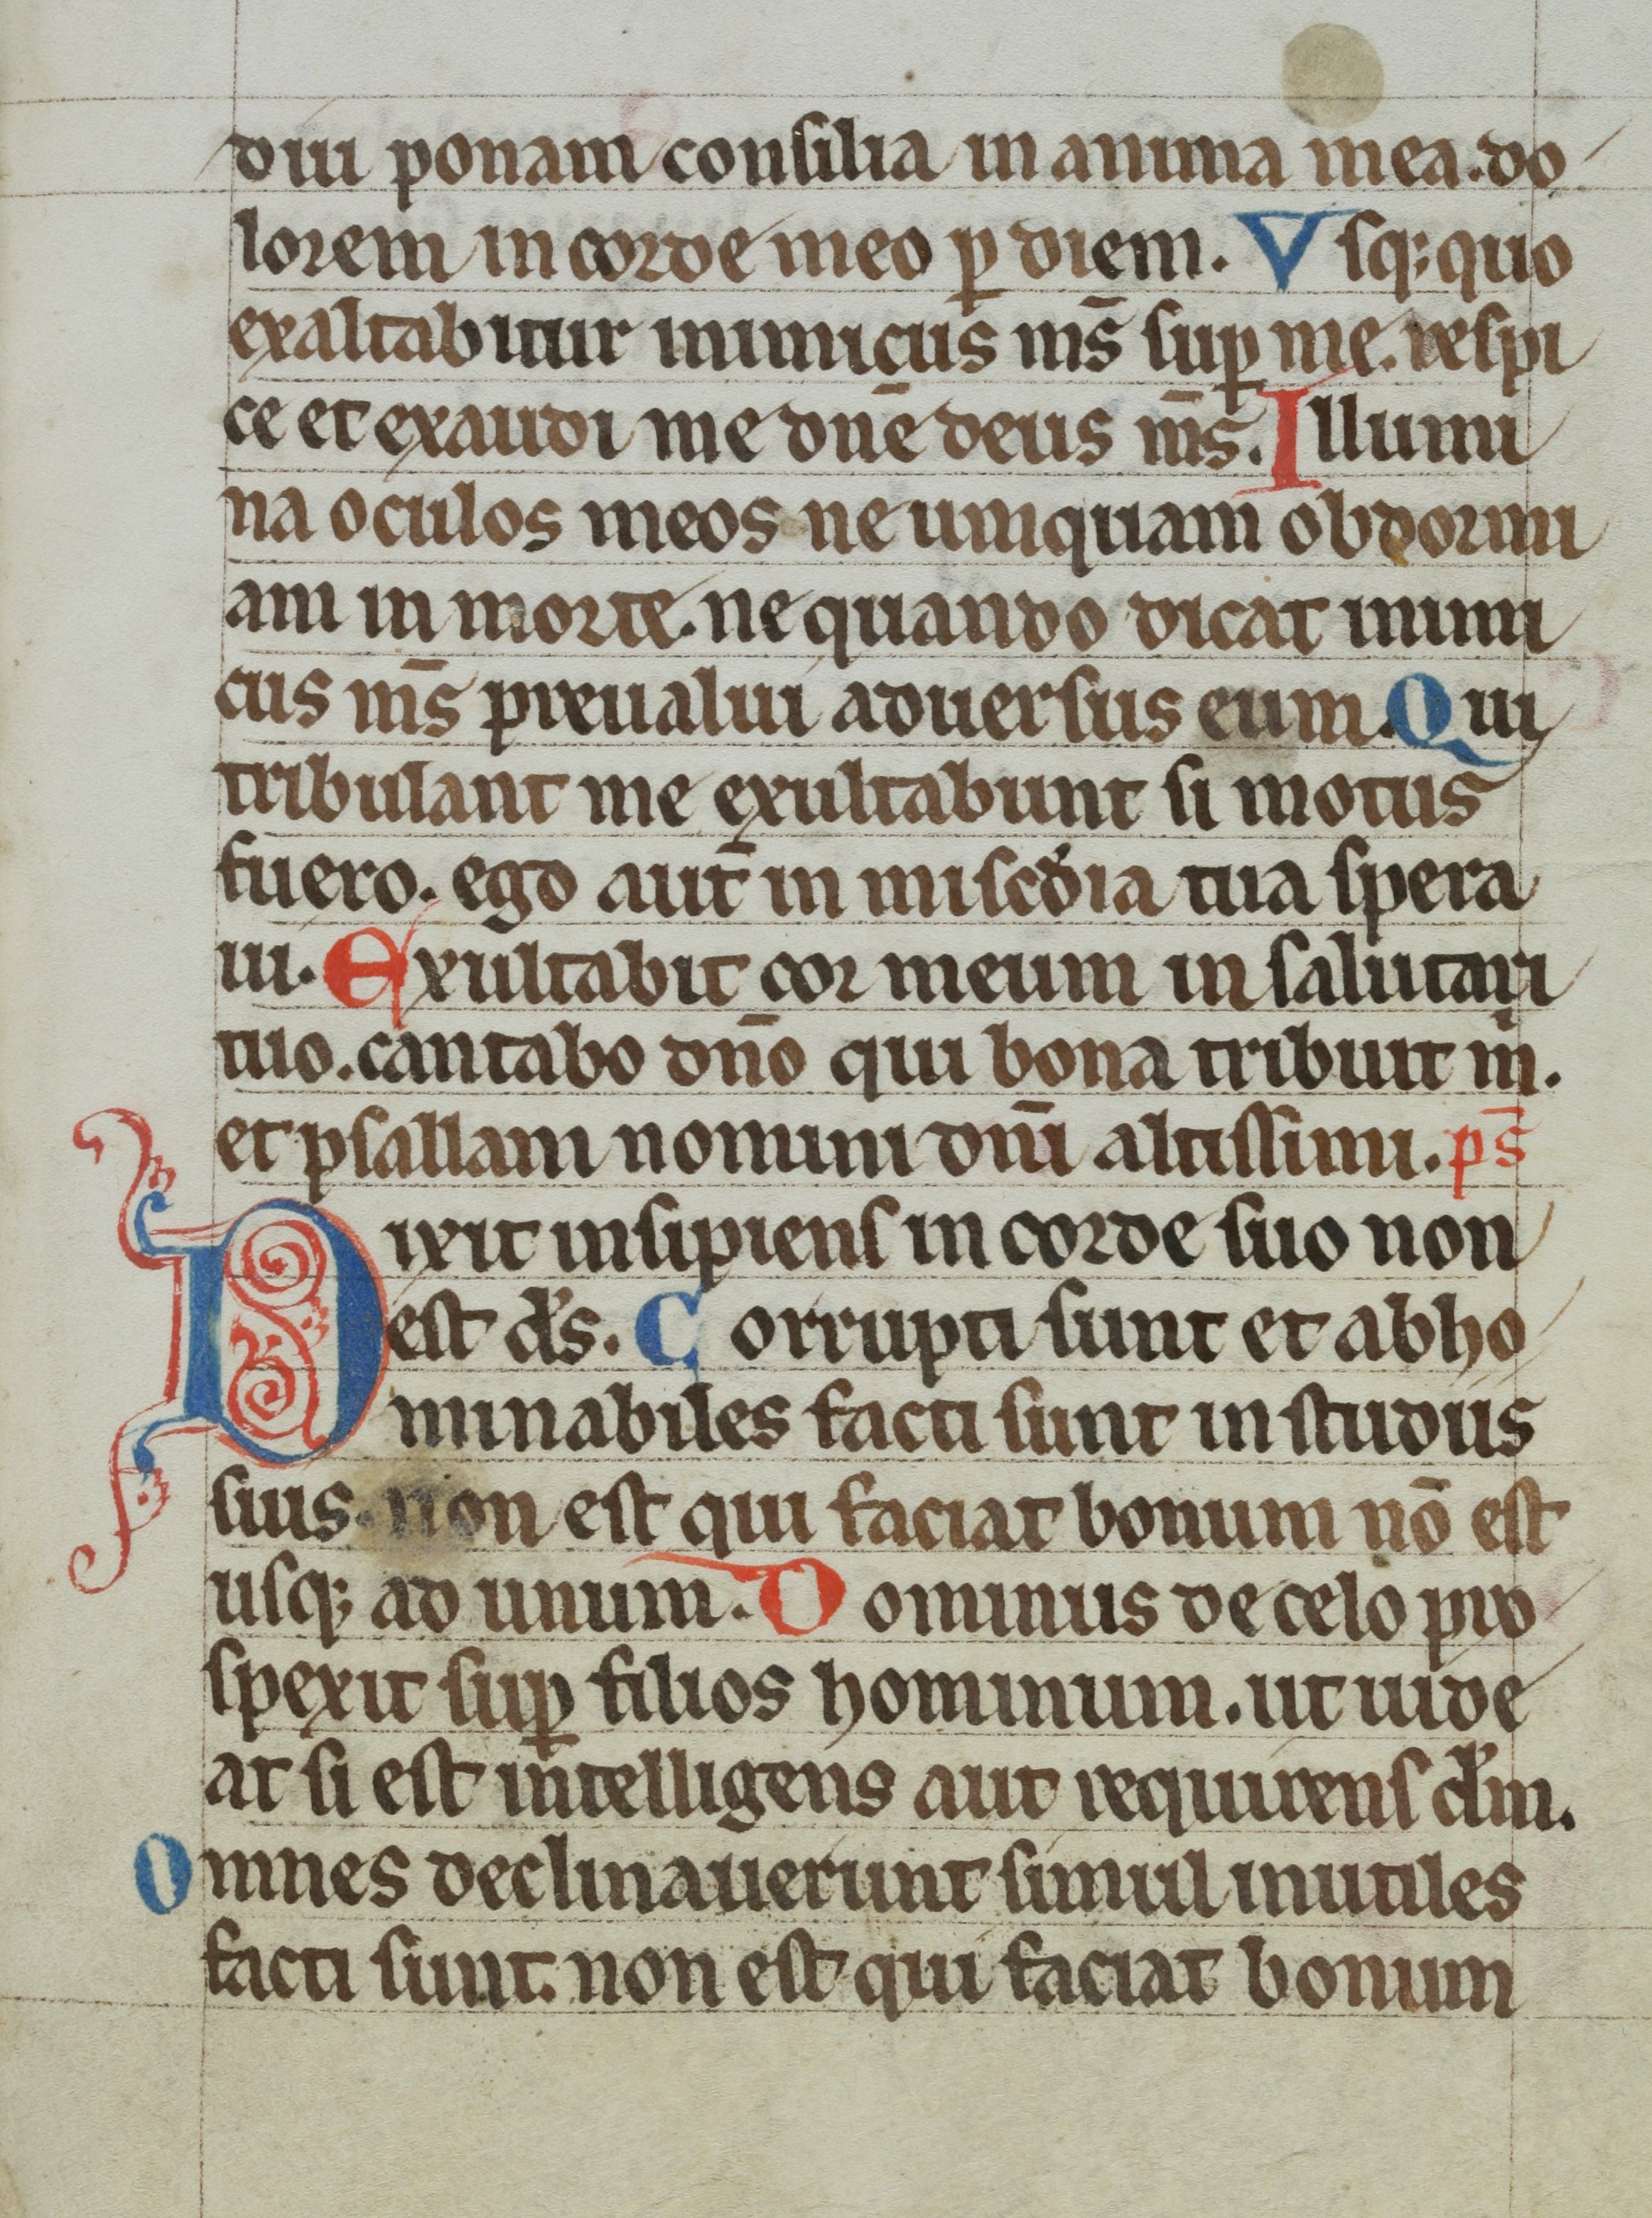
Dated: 1300–1399